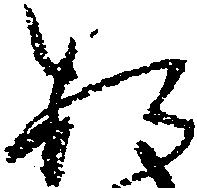
お